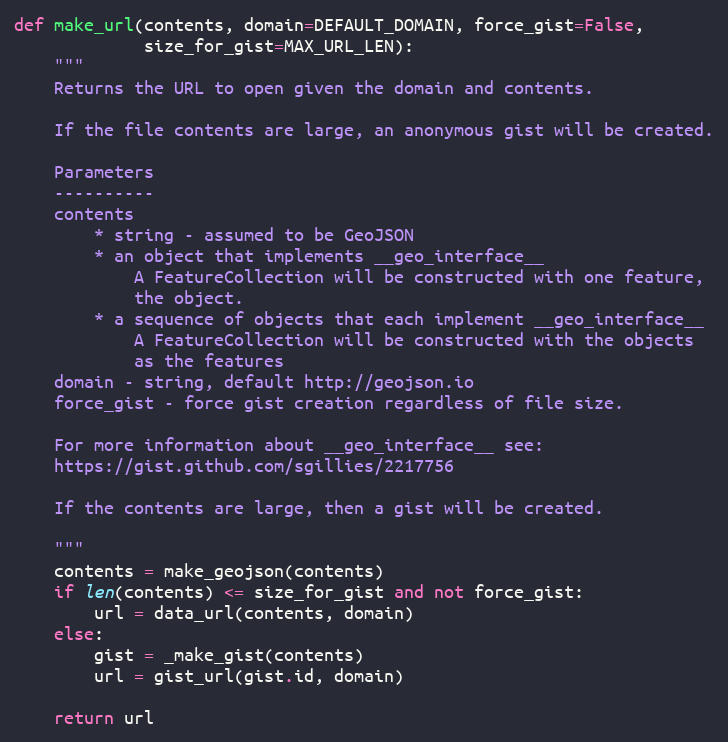
Language: Python
def make_url(contents, domain=DEFAULT_DOMAIN, force_gist=False,
             size_for_gist=MAX_URL_LEN):
    """
    Returns the URL to open given the domain and contents.

    If the file contents are large, an anonymous gist will be created.

    Parameters
    ----------
    contents
        * string - assumed to be GeoJSON
        * an object that implements __geo_interface__
            A FeatureCollection will be constructed with one feature,
            the object.
        * a sequence of objects that each implement __geo_interface__
            A FeatureCollection will be constructed with the objects
            as the features
    domain - string, default http://geojson.io
    force_gist - force gist creation regardless of file size.

    For more information about __geo_interface__ see:
    https://gist.github.com/sgillies/2217756

    If the contents are large, then a gist will be created.

    """
    contents = make_geojson(contents)
    if len(contents) <= size_for_gist and not force_gist:
        url = data_url(contents, domain)
    else:
        gist = _make_gist(contents)
        url = gist_url(gist.id, domain)

    return url